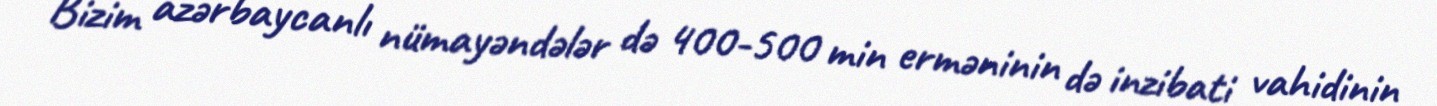
Bizim azərbaycanlı nümayəndələr də 400-500 min erməninin də inzibati vahidinin